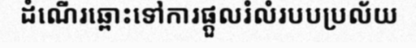
ដំណើរឆ្ពោះទៅការផ្តួលរំលំរបបប្រល័យ